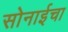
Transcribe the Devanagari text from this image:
सोनाईचा